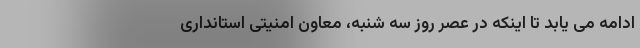
ادامه می یابد تا اینکه در عصر روز سه شنبه، معاون امنیتی استانداری